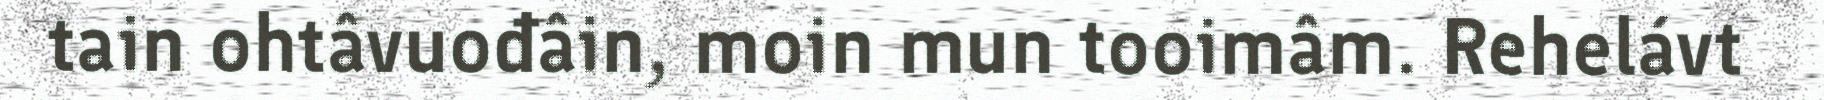
tain ohtâvuođâin, moin mun tooimâm. Rehelávt